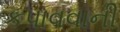
કપાવવાની